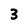
Character: 3